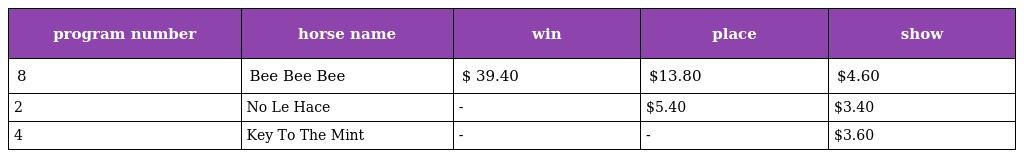
| program number | horse name | win | place | show |
 | --- | --- | --- | --- | --- |
 | 8 | Bee Bee Bee | $ 39.40 | $13.80 | $4.60 |
 | 2 | No Le Hace | - | $5.40 | $3.40 |
 | 4 | Key To The Mint | - | - | $3.60 |